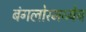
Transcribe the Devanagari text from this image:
बंगलोरमध्येच